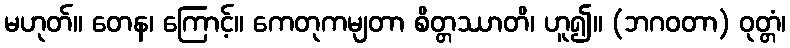
မဟုတ်။ တေန၊ ကြောင့်။ ကေတုကမျတာ စိတ္တဿာတိ၊ ဟူ၍။ (ဘဂဝတာ) ဝုတ္တံ၊